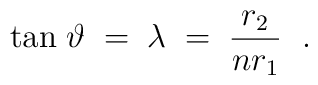
{\rm tan}\;\vartheta \; = \;\lambda\; =\;  { r_2\over n  r_1}\ \; .